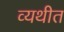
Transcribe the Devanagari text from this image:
व्यथीत